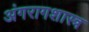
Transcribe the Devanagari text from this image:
अंगरागशास्त्र